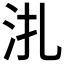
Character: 𣲞